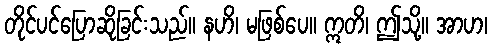
တိုင်ပင်ပြောဆိုခြင်းသည်။ နဟိ၊ မဖြစ်ပေ။ ဣတိ၊ ဤသို့။ အာဟ၊